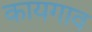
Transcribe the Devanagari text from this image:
कायगाव